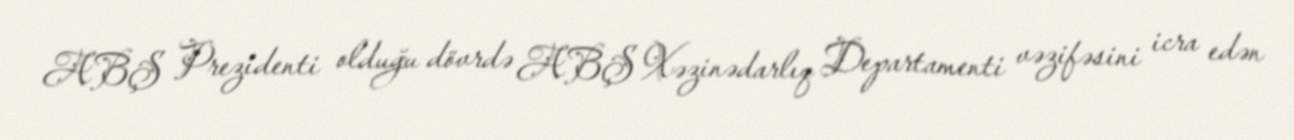
ABŞ Prezidenti olduğu dövrdə ABŞ Xəzinədarlıq Departamenti vəzifəsini icra edən